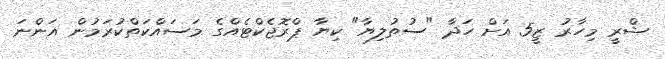
ޝްރީ މިހާރު ޒީ5 އަށް ހަދާ "ސުތުލިޔާ" ކިޔާ ޕްރޮޖެކްޓެއްގެ މަސައްކަތްކުރަމުން އަންނަ